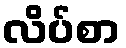
လိပ်စာ